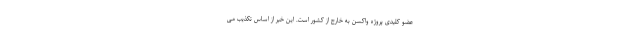
عضو کلیدی پروژه واکسن به خارج از کشور است. این خبر از اساس تکذیب می